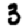
Digit: 3